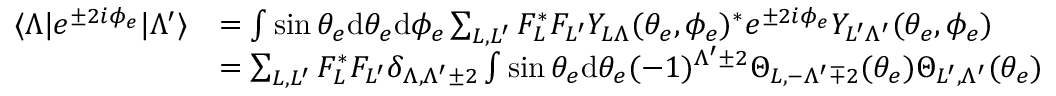
\begin{array} { r l } { \langle \Lambda | e ^ { \pm 2 i \phi _ { e } } | \Lambda ^ { \prime } \rangle } & { = \int \sin { \theta _ { e } } \mathrm { d } \theta _ { e } \mathrm { d } \phi _ { e } \sum _ { L , L ^ { \prime } } F _ { L } ^ { * } F _ { L ^ { \prime } } Y _ { L \Lambda } ( \theta _ { e } , \phi _ { e } ) ^ { * } e ^ { \pm 2 i \phi _ { e } } Y _ { L ^ { \prime } \Lambda ^ { \prime } } ( \theta _ { e } , \phi _ { e } ) } \\ & { = \sum _ { L , L ^ { \prime } } F _ { L } ^ { * } F _ { L ^ { \prime } } \delta _ { \Lambda , \Lambda ^ { \prime } \pm 2 } \int \sin { \theta _ { e } } \mathrm { d } \theta _ { e } ( - 1 ) ^ { \Lambda ^ { \prime } \pm 2 } \Theta _ { L , - \Lambda ^ { \prime } \mp 2 } ( \theta _ { e } ) \Theta _ { L ^ { \prime } , \Lambda ^ { \prime } } ( \theta _ { e } ) } \end{array}